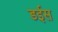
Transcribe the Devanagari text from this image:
डईस